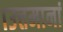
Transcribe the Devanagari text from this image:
।उत्तमानां